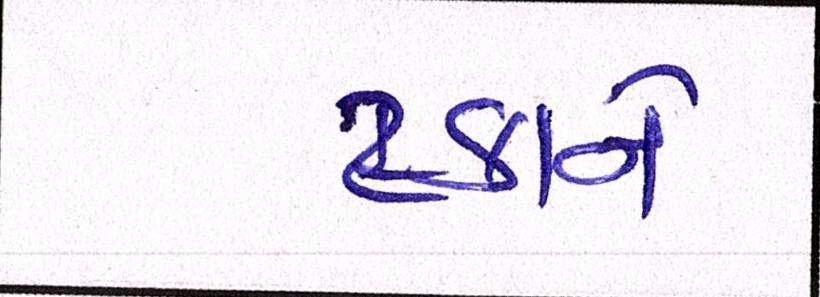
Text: ટકાને